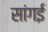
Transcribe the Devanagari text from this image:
सांगई